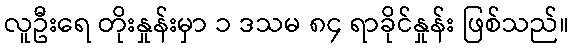
လူဦးရေ တိုးနှုန်းမှာ ၁ ဒသမ ၈၄ ရာခိုင်နှုန်း ဖြစ်သည်။